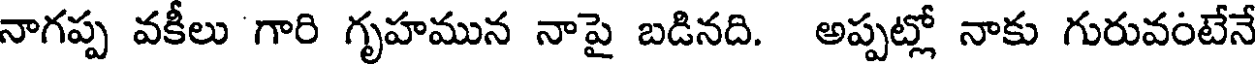
నాగప్ప వకీలు గారి గృహమున నాపై బడినది. అప్పట్లో నాకు గురువంటేనే